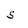
Character: 5